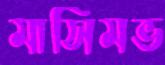
মাসিমভ